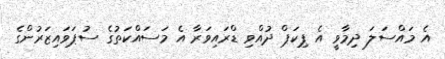
އެ މައްސަލަ ދިމާވީ އެ ޕިކަޕް ދުއްވި ޑްރައިވަރާ އެ މަސައްކަތުގެ ސުޕަވައިޒަރުންގެ